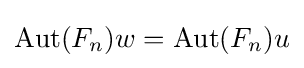
\operatorname {Aut} (F_{n})w=\operatorname {Aut} (F_{n})u